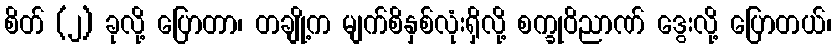
စိတ် (၂) ခုလို့ ပြောတာ၊ တချို့က မျက်စိနှစ်လုံးရှိလို့ စက္ခုဝိညာဏ် ဒွေးလို့ ပြောတယ်၊